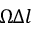
\Omega \Delta l